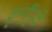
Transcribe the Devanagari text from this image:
कृमींमुळे